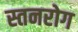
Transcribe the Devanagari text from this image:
स्तनरोग